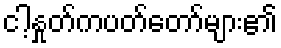
ငါ့နှုတ်ကပတ်တော်များ၏